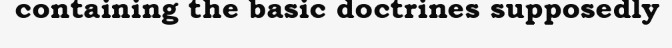
containing the basic doctrines supposedly